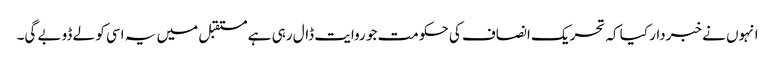
انہوں نے خبردار کیا کہ تحریک انصاف کی حکومت جو روایت ڈال رہی ہے مستقبل میں یہ اسی کو لے ڈوبے گی۔